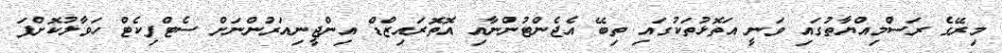
މިރޭގެ ރަސްމިއްޔާތުގައި ވަނީ އަތޮޅުތަކުގައި ތިބޭ އެޖެންޓުންނާއި އޮތޮރައިޒްޑް އިންޖީނިއަރުންނަށް ސެޓްފިކެޓް ހަވާލުކޮށްފަ